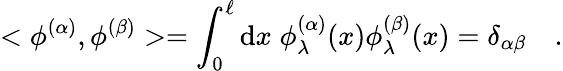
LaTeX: <\phi^{(\alpha)},\phi^{(\beta)}>=\int_{0}^{\ell}\mathrm{d}x\; \phi_{\lambda}^{(\alpha)}(x)\phi_{\lambda}^{(\beta)}(x)=\delta_{\alpha\beta}\quad.